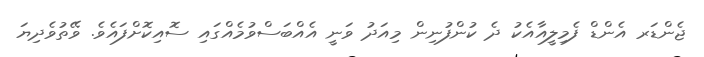
ޖެންޑަރ އެންޑް ފެމިލީއާއެކު ދެ ކުންފުނިން މިއަދު ވަނީ އެއްބަސްވުމެއްގައި ސޮއިކޮށްފައެވެ. ވޭތުވެދިޔަ